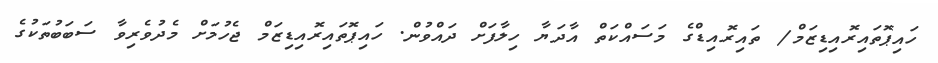
ހައިޕޮތައިރޮއިޑިޒަމް/ ތައިރޮއިޑްގެ މަސައްކަތް އާދަޔާ ހިލާފަށް ދައްވުން. ހައިޕޮތައިރޮއިޑިޒަމް ޖެހުމަށް މެދުވެރިވާ ސަބަބުތަކުގެ